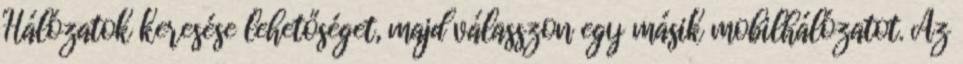
Hálózatok keresése lehetőséget, majd válasszon egy másik mobilhálózatot. Az